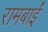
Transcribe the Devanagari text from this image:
रामबाईं